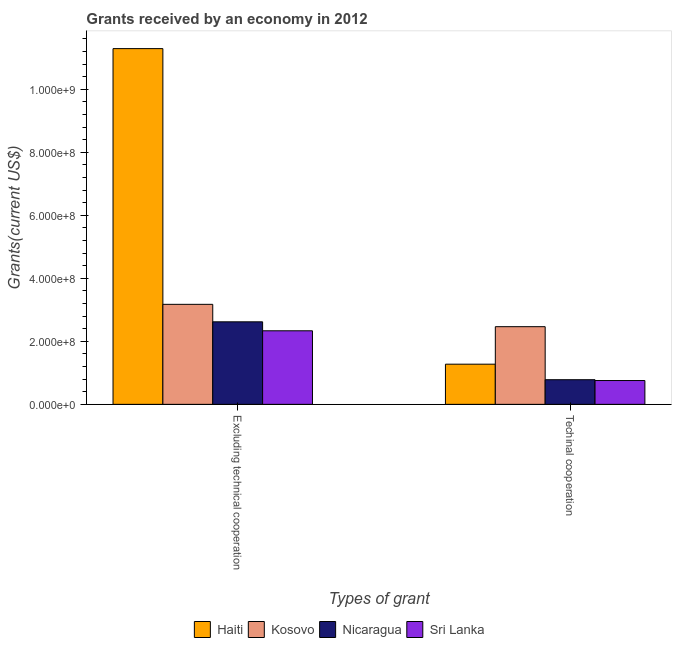
| Types of grant | Haiti | Kosovo | Nicaragua | Sri Lanka |
 | --- | --- | --- | --- | --- |
 | Excluding technical cooperation | 1.13e+09 | 3.17e+08 | 2.62e+08 | 2.33e+08 |
 | Techinal cooperation | 1.28e+08 | 2.46e+08 | 7.82e+07 | 7.56e+07 |